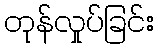
တုန်လှုပ်ခြင်း